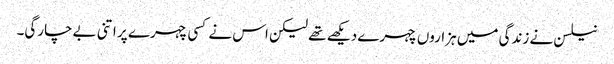
نیلسن نے زندگی میں ہزاروں چہرے دیکھے تھے لیکن اس نے کسی چہرے پر اتنی بےچارگی۔